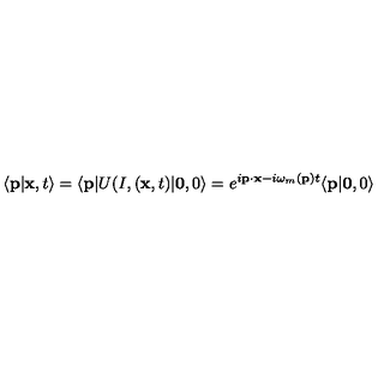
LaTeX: \langle { \bf p } \vert { \bf x } , t \rangle = \langle { \bf p } \vert U ( I , ( { \bf x } , t ) \vert { \bf 0 } , 0 \rangle = e ^ { i { \bf p } \cdot { \bf x } - i \omega _ { m } ( { \bf p } ) t } \langle { \bf p } \vert { \bf 0 } , 0 \rangle